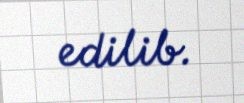
edilib.